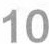
10